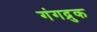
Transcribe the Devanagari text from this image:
गंगद्रुक